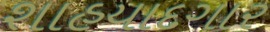
શાહયાદગાર